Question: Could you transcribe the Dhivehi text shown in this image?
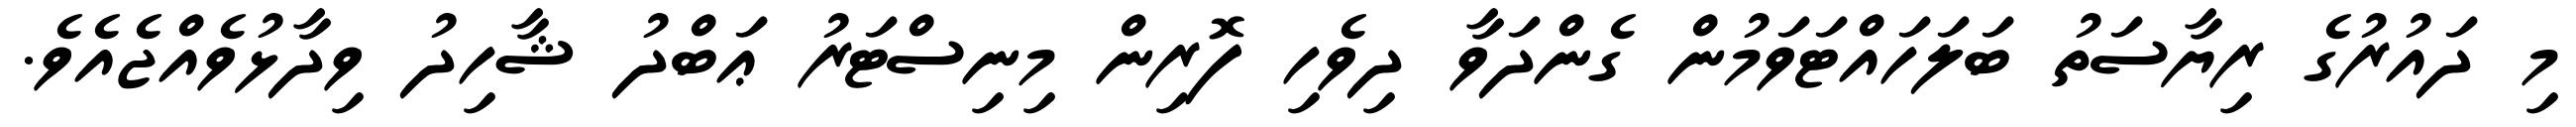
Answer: މި ދައުރުގެ ރިޔާސަތު ބަލަހައްޓަވަމުން ގެންދަވާ ދިވެހި ފޮރިން މިނިސްޓަރު ޢަބްދު ޝާހިދު ވިދާޅުވެއްޖެއެވެ.